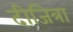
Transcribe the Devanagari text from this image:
दीजित्रा